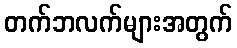
တက်ဘလက်များအတွက်